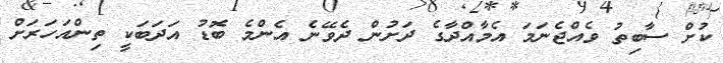
ކުށް ސާބިތު ވެއްޖެނަމަ އެމާއްދާގެ ދަށުން ދެވޭނެ އެންމެ ބޮޑު އަދަބަކީ ތިންއަހަރަށް